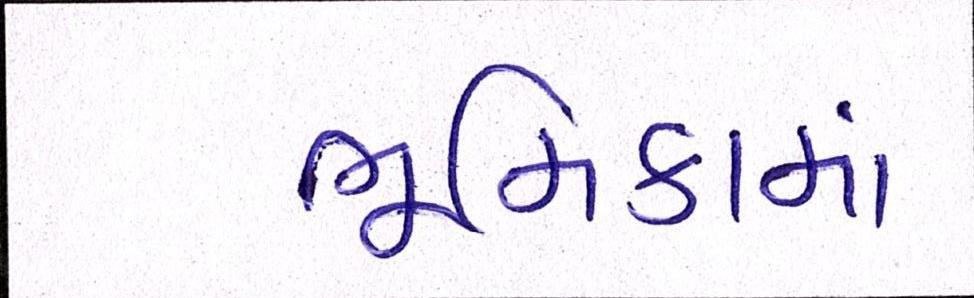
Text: ભૂમિકામાં